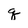
Character: q